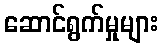
ဆောင်ရွက်မှုများ